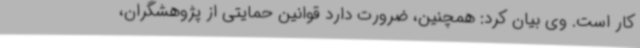
کار است. وی بیان کرد: همچنین، ضرورت دارد قوانین حمایتی از پژوهشگران،